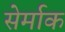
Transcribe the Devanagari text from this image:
सेर्माक